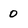
Character: 0